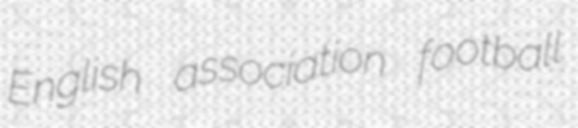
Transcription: English association football